画像に写った文字を読んでください
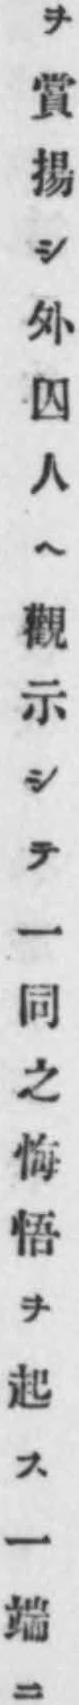
「ヲ賞揚シ外囚人ヘ觀示シテ一同之悔悟ヲ起ス一端ニ」と書いてあります